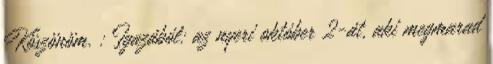
Köszönöm. : Igazából: az nyeri október 2-át, aki megmarad